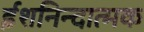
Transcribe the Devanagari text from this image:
ईशनिन्दात्मक